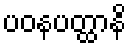
ပဝနပတ္ထာနိ